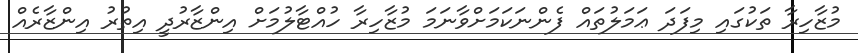
މުޒާހިރާ ތަކުގައި މިފަދަ ޢަމަލުތައް ފެންނަކަމަށްވާނަމަ މުޒާހިރާ ހުއްޓާލުމަށް އިންޒާރުދީ އިތުރު އިންޒާރެއް